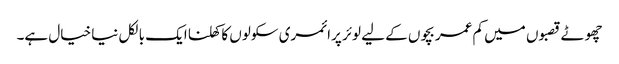
چھوٹے قصبوں میں کم عمر بچوں کے لیے لوئر پرائمری سکولوں کا کھلنا ایک بالکل نیا خیال ہے۔